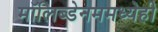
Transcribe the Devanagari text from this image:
मॉलिब्डेनममध्येही